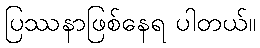
ပြဿနာဖြစ်နေရ ပါတယ်။